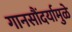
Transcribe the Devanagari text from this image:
गानसौंदर्यामुळे